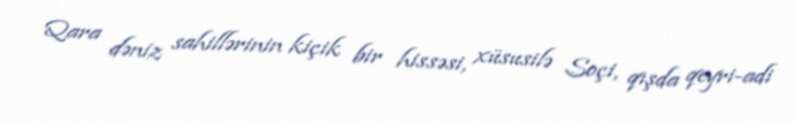
Qara dəniz sahillərinin kiçik bir hissəsi, xüsusilə Soçi, qışda qeyri-adi